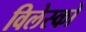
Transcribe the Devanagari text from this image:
विलेस्को